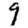
Digit: 9